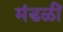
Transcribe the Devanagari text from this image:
मंडळीं